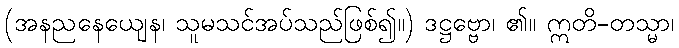
(အနညနေယျေန၊ သူမသင်အပ်သည်ဖြစ်၍။) ဒဋ္ဌဗ္ဗော၊ ၏။ ဣတိ-တသ္မာ၊